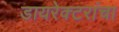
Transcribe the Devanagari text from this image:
डायरेक्टरांचा